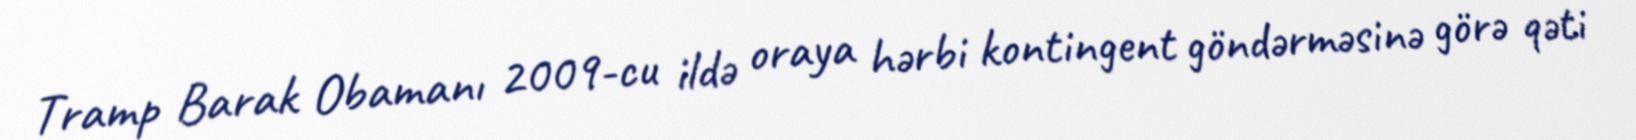
Tramp Barak Obamanı 2009-cu ildə oraya hərbi kontingent göndərməsinə görə qəti